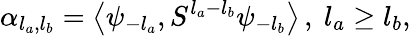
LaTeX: \alpha_{l_{a},l_{b}}=\left\langle{\psi_{-l_{a}},S^{l_{a}-l_{b}}\psi_{-l_{b}}}\right\rangle\, ,\ l_{a}\geq l_{b},